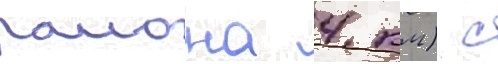
раиона 4 км) с